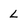
Character: L